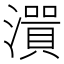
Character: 𤀭